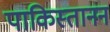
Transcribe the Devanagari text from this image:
पाकिस्तानन